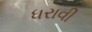
ધરાવી